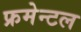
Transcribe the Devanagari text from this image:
फ्रमेन्टल